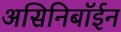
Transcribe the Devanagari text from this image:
असिनिबॉईन